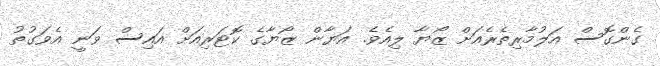
ގެންގޮސް އަލުމާރިތެރެއަށް ޒޯޔާ ލިއެވެ. އަޔާން ޒޯޔާގެ ކޮޓަރިއަށް އައިސް ވަނީ އެވަގުތު